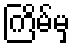
ကြိမ်မှ